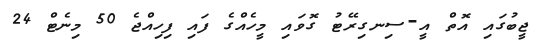
ޖީބުގައި އޮތް އީ-ސިނގިރޭޓު ގޮވައި މީހެއްގެ ފައި ފިހިއްޖެ 50 މިނެޓް 24